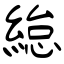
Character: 緿